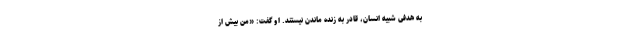
به هدفی شبیه انسان، قادر به زنده ماندن نیستند. او گفت: «من بیش از